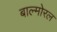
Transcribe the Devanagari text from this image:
बाल्मोरल